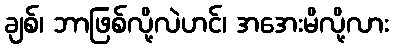
ချစ်၊ ဘာဖြစ်လို့လဲဟင်၊ အအေးမိလို့လား